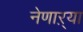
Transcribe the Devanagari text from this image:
नेणाऱ्‍या